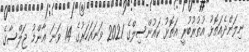
ނިލަންދެއަތޮޅު އުތުރުބުރީ އަތޮޅު ކައުންސިލްގެ 2021 ވަނައަހަރުގެ 14 ވަނަ ޢާންމު ޖަލްސާގެ